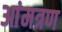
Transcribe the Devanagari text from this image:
आंमत्रण